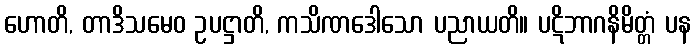
ဟောတိ, တာဒိသမေဝ ဥပဋ္ဌာတိ, ကသိဏဒေါသော ပညာယတိ။ ပဋိဘာဂနိမိတ္တံ ပန